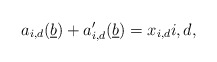
\begin{align*}a_{i,d}(\underline{b}) + a'_{i,d}(\underline{b}) = x_{i,d} i,d,\end{align*}